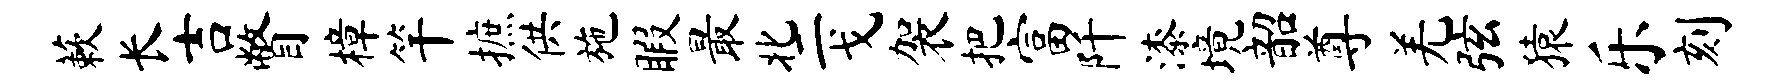
蔌长吉瞥樟竿摭供施暇最北二戈袈把富阡漆境韶尊羌弦猿乐刻